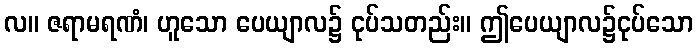
လ။ ဇရာမရဏံ၊ ဟူသော ပေယျာလ၌ ငုပ်သတည်း။ ဤပေယျာလ၌ငုပ်သော